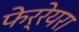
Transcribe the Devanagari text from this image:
फेर्रेयरा